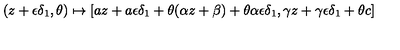
( z + \epsilon \delta _ { 1 } , \theta ) \mapsto [ a z + a \epsilon \delta _ { 1 } + \theta ( \alpha z + \beta ) + \theta \alpha \epsilon \delta _ { 1 } , \gamma z + \gamma \epsilon \delta _ { 1 } + \theta c ]